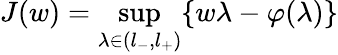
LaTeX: J(w)=\operatorname*{sup}_{\lambda\in(l_{-},l_{+})}\{ w\lambda-\varphi(\lambda)\}